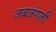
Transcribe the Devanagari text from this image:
जबजंगली